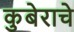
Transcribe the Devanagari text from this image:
कुबेराचे